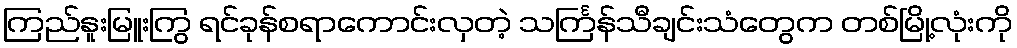
ကြည်နူးမြူးကြွ ရင်ခုန်စရာကောင်းလှတဲ့ သင်္ကြန်သီချင်းသံတွေက တစ်မြို့လုံးကို